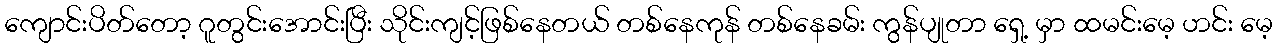
ကျောင်းပိတ်တော့ ဂူတွင်းအောင်းပြီး သိုင်းကျင့်ဖြစ်နေတယ် တစ်နေကုန် တစ်နေခမ်း ကွန်ပျုတာ ရှေ့ မှာ ထမင်းမေ့ ဟင်း မေ့